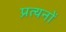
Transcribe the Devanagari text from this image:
प्रत्यनों